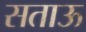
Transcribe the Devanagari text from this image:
सताऊ